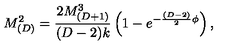
M _ { ( D ) } ^ { 2 } = \frac { 2 M _ { ( D + 1 ) } ^ { 3 } } { ( D - 2 ) k } \left( 1 - e ^ { - \frac { ( D - 2 ) } { 2 } \phi } \right) ,